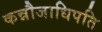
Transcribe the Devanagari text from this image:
कन्नौजाधिपति